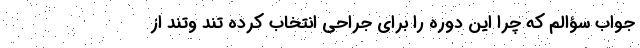
جواب سؤالم که چرا این دوره را برای جراحی انتخاب کرده تند وتند از